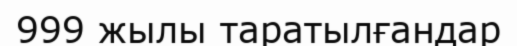
999 жылы таратылғандар